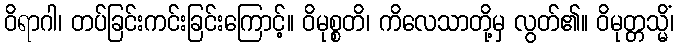
ဝိရာဂါ၊ တပ်ခြင်းကင်းခြင်းကြောင့်။ ဝိမုစ္စတိ၊ ကိလေသာတို့မှ လွတ်၏။ ဝိမုတ္တသ္မိံ၊